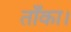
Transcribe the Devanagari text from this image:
ताँका।